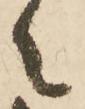
々